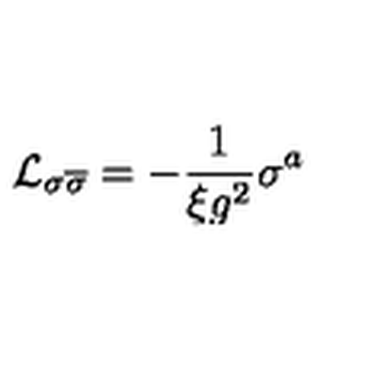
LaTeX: \mathcal { L } _ { \sigma \overline { { \sigma } } } = - \frac { 1 } { \xi g ^ { 2 } } \sigma ^ { a }